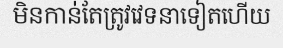
មិនកាន់តែត្រូវវេទនាទៀតហើយ